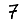
Digit: 7